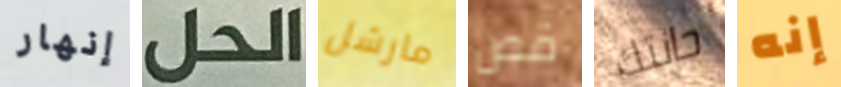
إنهار الحل مارشل قص حانتك إنه